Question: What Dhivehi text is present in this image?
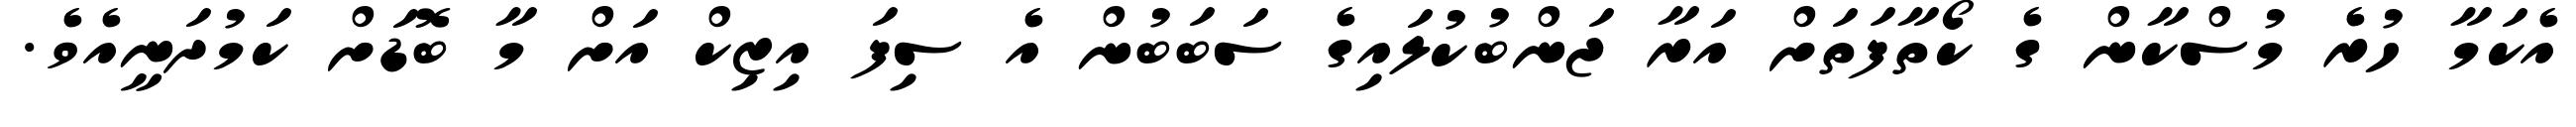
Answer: އެކަމާ ހުރެ މުސްކާން ގެ ކޯތާފަތަށް އަރާ ޖަންބުކުލައިގެ ސަބަބުން އެ ސިފަ އިޒިކް އަށް މާ ބޮޑަށް ކަމުދަނީއެވެ.